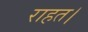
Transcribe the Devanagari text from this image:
राहत।